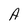
Character: A